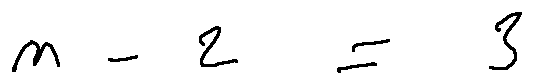
n - 2 = 3